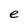
Character: e